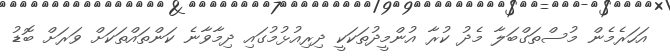
އަހަރެމެން މުސްތަގްބަލާ މެދު ކުރާ އުންމީދުތަކަކީ ދިރިއުޅުމުގައި ދިމާވާނެ ކަންތައްތަކަށް ވަރަށް ބޮޑު